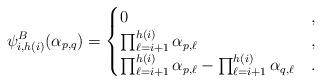
LaTeX: \begin{align*} \psi_{i,h(i)}^B(\alpha_{p,q})=\begin{cases} 0 &,\\\prod_{\ell=i+1}^{h(i)} \alpha_{p,\ell} &,\\\prod_{\ell=i+1}^{h(i)} \alpha_{p,\ell} -\prod_{\ell=i+1}^{h(i)} \alpha_{q,\ell}&.\end{cases}\end{align*}